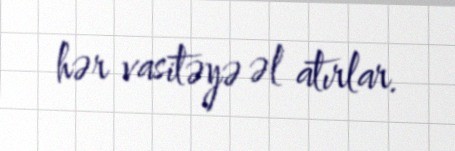
hər vasitəyə əl atırlar.